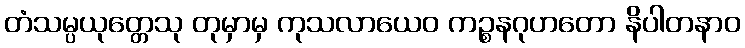
တံသမ္ပယုတ္တေသု တုမှာမှ ကုသလာယေဝ ကဉ္စနဂုဟတော နိပါတနာဝ